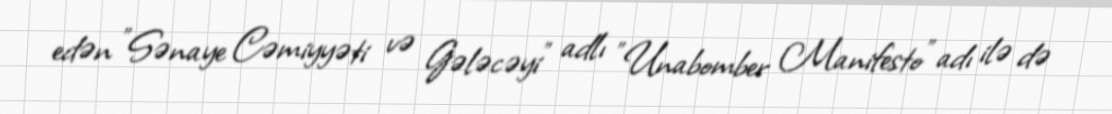
edən "Sənaye Cəmiyyəti və Gələcəyi" adlı "Unabomber Manifesto" adı ilə də